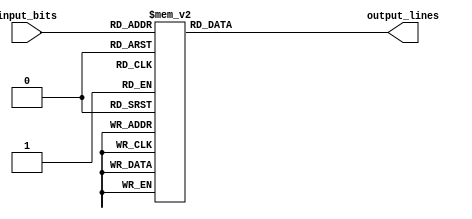
module octal_decoder(
    input [2:0] input_bits,
    output reg [7:0] output_lines
);

always @(*)
begin
    case (input_bits)
        3'b000: output_lines = 8'b00000001;
        3'b001: output_lines = 8'b00000010;
        3'b010: output_lines = 8'b00000100;
        3'b011: output_lines = 8'b00001000;
        3'b100: output_lines = 8'b00010000;
        3'b101: output_lines = 8'b00100000;
        3'b110: output_lines = 8'b01000000;
        3'b111: output_lines = 8'b10000000;
    endcase
end

endmodule